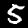
Digit: 5